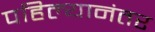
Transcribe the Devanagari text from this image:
पहिल्यानंतर